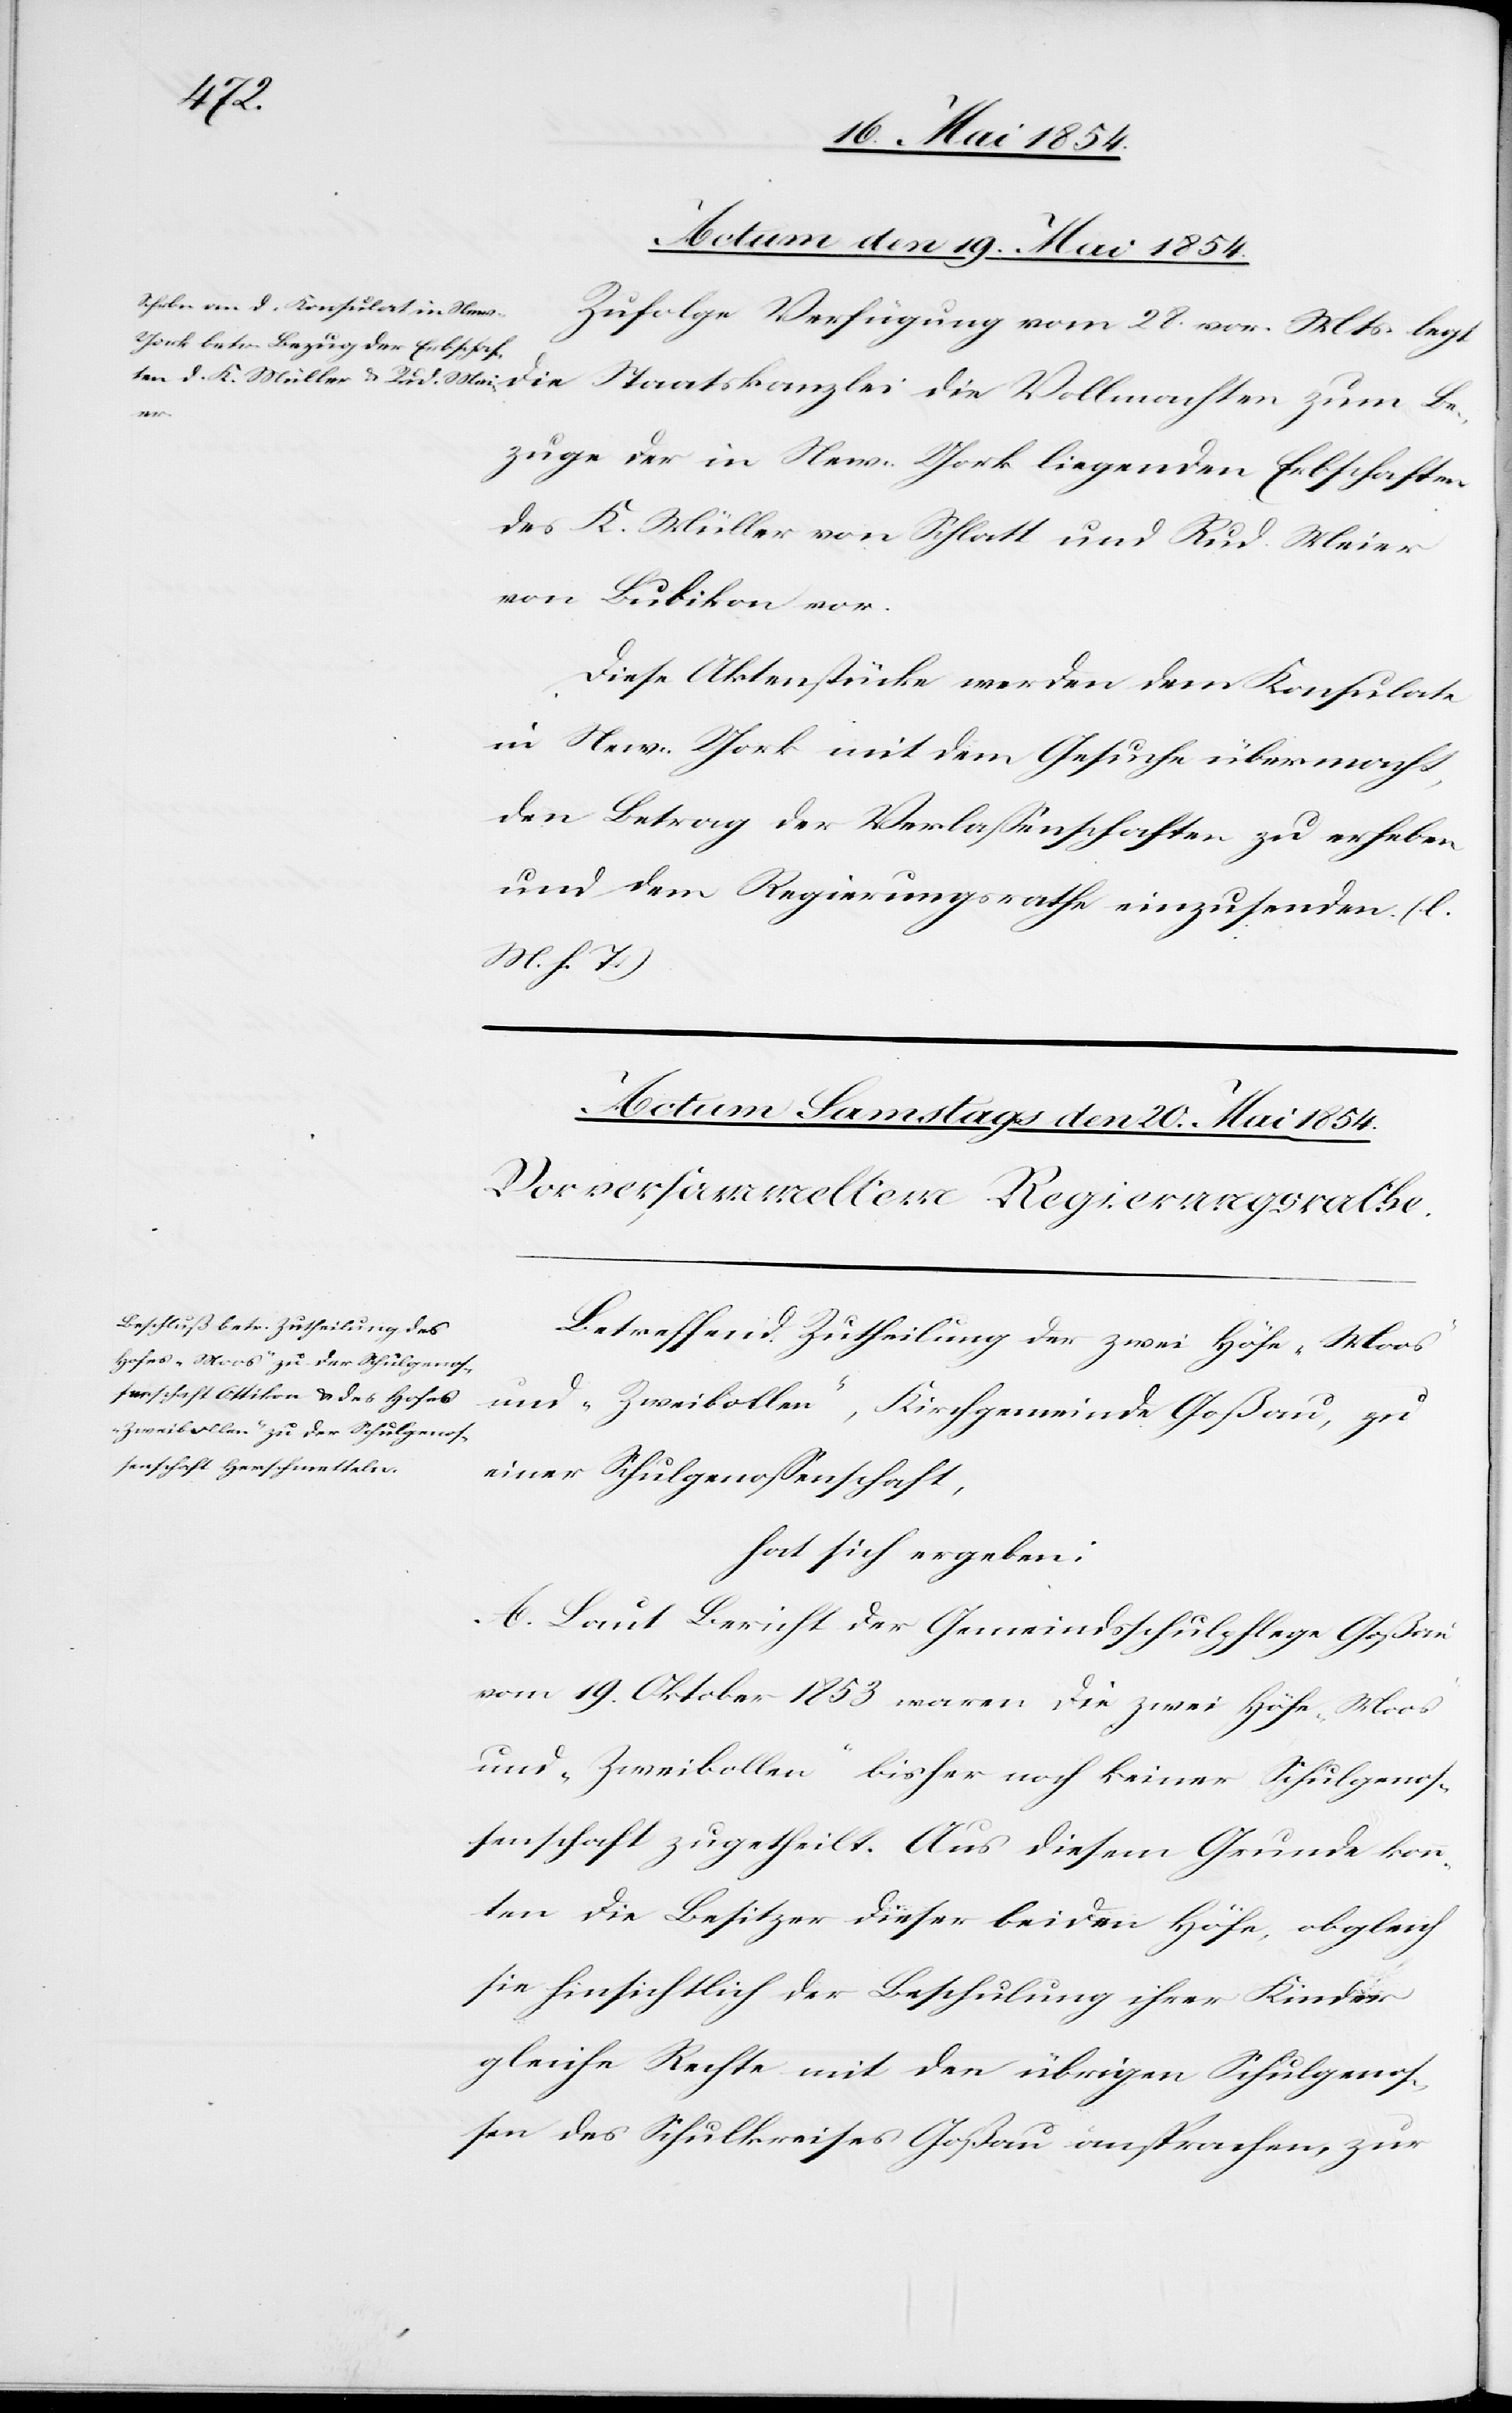
Actum den 19. Mai 1854.
Zufolge Verfügung vom 28. vor. Mts. legt
Be¬
zuge in der in New-York legenden Erbschaften
des K. Müller von Schlatt und Rud. Meier
von Bubikon vor.
Diese Aktenstücke werden dem Konsulate
in New-York mit dem Gesuche übermacht,
den Betrag der Verlaßenschaften zu erheben
und dem Regierungsrathe einzusenden. (l.
M. h. T.)
Betreffend Zutheilung der zwei Höfe „Moos“
und „Zweibollen“, Kirchgemeinde Goßau, zu
einer Schulgenoßenschaft,
hat sich ergeben:
A. Laut Bericht der Gemeindsschulpflege Goßau
vom 19. Oktober 1853 waren die zwei Höfe „Moos“
und „Zweibollen“ bisher noch keiner Schulgenoß¬
enschaft zugetheilt. Aus diesem Grunde konn¬
ten die Besitzer dieser beiden Höfe, obgleich
sie hinsichtlich der Beschulung ihrer Kinder
gleiche Rechte mit den übrigen Schulgenoß¬
en des Schulkreises Goßau ansprachen zur